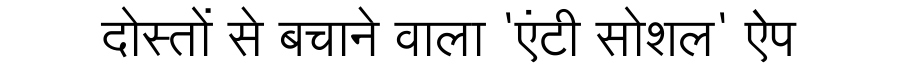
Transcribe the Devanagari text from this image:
दोस्तों से बचाने वाला 'एंटी सोशल' ऐप